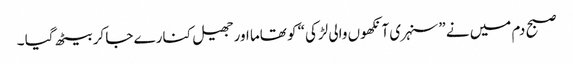
صبح دم میں نے ”سنہری آنکھوں والی لڑکی“ کو تھاما اور جھیل کنارے جا کر بیٹھ گیا ۔